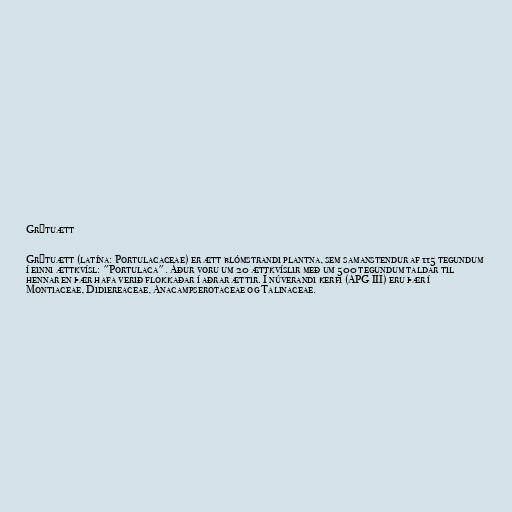
Grýtuætt

Grýtuætt (latína: Portulacaceae) er ætt blómstrandi plantna, sem samanstendur af 115 tegundum
í einni ættkvísl: "Portulaca". Áður voru um 20 ættkvíslir með um 500 tegundum taldar til
hennar en þær hafa verið flokkaðar í aðrar ættir. Í núverandi kerfi (APG III) eru þær í
Montiaceae, Didiereaceae, Anacampserotaceae og Talinaceae.